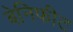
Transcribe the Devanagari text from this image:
बेनिफीट